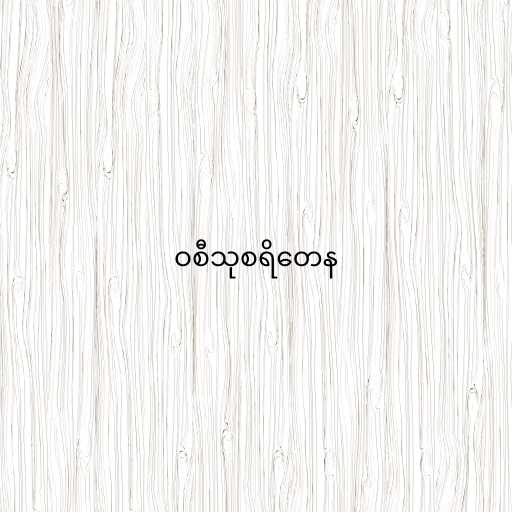
ဝစီသုစရိတေန